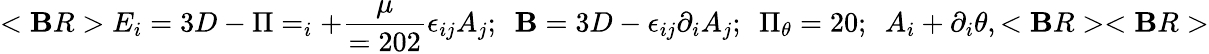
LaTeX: <\mathbf{B}R>E_{i}=3D-\Pi=_{i}+{\frac{{\mu}}{{=202}}}\epsilon_{ij}A_{j};~~\mathbf{B}=3D-\epsilon_{ij}\partial_{i}A_{j};~~\Pi_{\theta}=20;~~A_{i}+\partial_{i}\theta,<\mathbf{B}R><\mathbf{B}R>